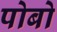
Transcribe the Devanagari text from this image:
पोबो